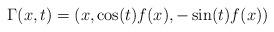
LaTeX: \begin{align*}\Gamma(x,t) = (x, \cos(t)f(x),-\sin(t)f(x))\end{align*}